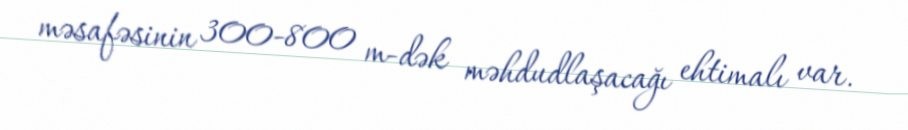
məsafəsinin 300-800 m-dək məhdudlaşacağı ehtimalı var.